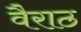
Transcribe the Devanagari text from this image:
वैराठ